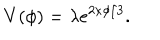
V ( \phi ) = \lambda e ^ { 2 \kappa \phi / 3 } .